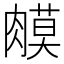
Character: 𦟦